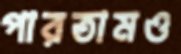
পারতামও